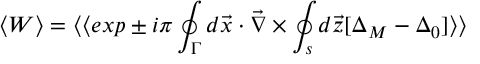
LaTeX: \langle W \rangle = \langle \langle e x p \pm i \pi \oint _ { \Gamma } d \vec { x } \cdot \vec { \nabla } \times \oint _ { s } d \vec { z } [ \Delta _ { M } - \Delta _ { 0 } ] \rangle \rangle